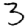
Digit: 3